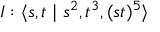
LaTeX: I : \langle s , t \mid s ^ { 2 } , t ^ { 3 } , ( s t ) ^ { 5 } \rangle